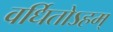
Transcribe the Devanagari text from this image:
वर्धितोऽहम्‌